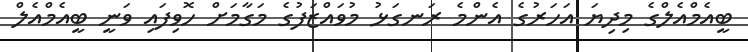
ބީއެމްއެލްގެ މިދިޔަ އަހަރުގެ އެންމެ ރަނގަޅު މުވައްޒަފުގެ މަގާމަށް ހޮވިފައި ވަނީ ބީއެމްއެލް